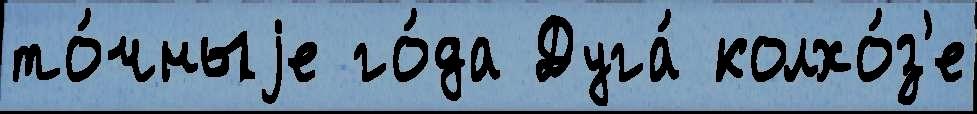
то́чныjе го́да Дуга́ колхо́з'е